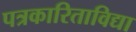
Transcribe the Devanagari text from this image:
पत्रकारिताविद्या